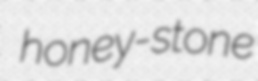
honey-stone